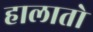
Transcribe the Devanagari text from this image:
हालातो